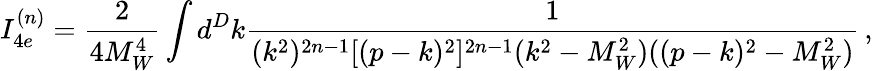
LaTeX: I_{4e}^{(n)}=\frac{2}{4M_{W}^{4}}\int d^{D}k\frac{1}{(k^{2})^{2n-1}[(p-k)^{2}]^{2n-1}(k^{2}-M_{W}^{2})((p-k)^{2}-M_{W}^{2})}\, ,